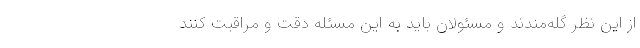
از این نظر گله‌مندند و مسئولان باید به این مسئله دقت و مراقبت کنند